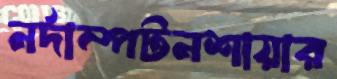
নর্দাম্পটনশায়ার